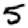
Digit: 5